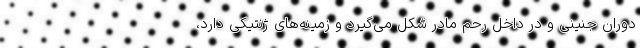
دوران جنینی و در داخل رحم مادر شکل می‌گیرد و زمینه‌های ژنتیکی دارد،